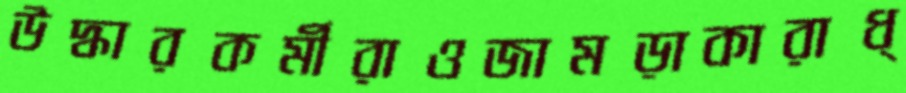
উদ্ধারকর্মীরাওজামড়াকারাধ্